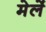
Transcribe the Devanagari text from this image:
मेर्ले